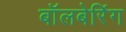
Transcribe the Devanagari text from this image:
बॉलबेरिंग